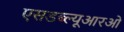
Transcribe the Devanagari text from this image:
एसडब्ल्यूआरओ